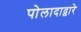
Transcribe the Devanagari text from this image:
पोलादाद्वारे